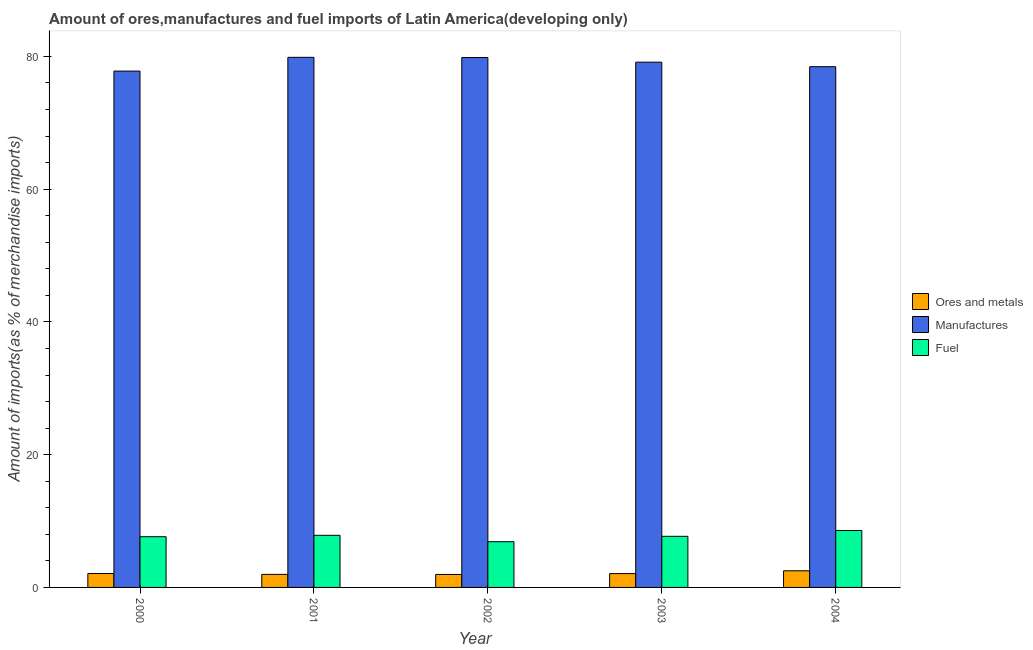
| Year | Ores and metals | Manufactures | Fuel |
 | --- | --- | --- | --- |
 | 2000 | 2.1 | 77.8 | 7.64 |
 | 2001 | 1.96 | 79.9 | 7.85 |
 | 2002 | 1.95 | 79.8 | 6.89 |
 | 2003 | 2.08 | 79.1 | 7.7 |
 | 2004 | 2.51 | 78.4 | 8.58 |